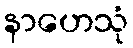
နာဟေသုံ